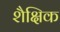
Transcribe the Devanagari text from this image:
शैक्षिक